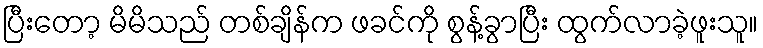
ပြီးတော့ မိမိသည် တစ်ချိန်က ဖခင်ကို စွန့်ခွာပြီး ထွက်လာခဲ့ဖူးသူ။